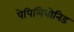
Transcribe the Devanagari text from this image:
पेपिलियोनिड